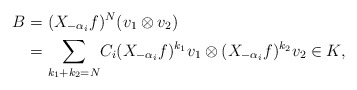
\begin{align*} B &= (X_{- \alpha_i} f)^N (v_1 \otimes v_2)\ \\& ={\displaystyle{\sum_{k_1 + k_2 = N}}} C_i(X_{-\alpha_i} f)^{k_1} v_1 \otimes (X_{-\alpha_i}f)^{k_2} v_2\in K,\end{align*}